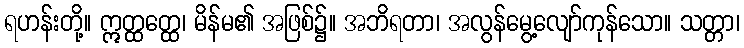
ရဟန်းတို့။ ဣတ္ထတ္ထေ၊ မိန်မ၏ အဖြစ်၌။ အဘိရတာ၊ အလွန်မွေ့လျော်ကုန်သော။ သတ္တာ၊